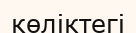
көліктегі